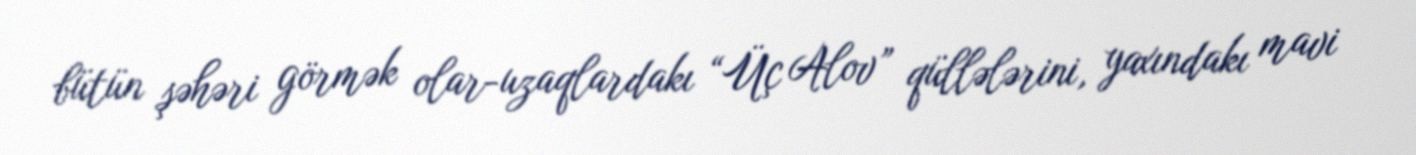
bütün şəhəri görmək olar-uzaqlardakı “Üç Alov” qüllələrini, yaxındakı mavi